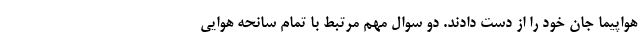
هواپیما جان خود را از دست دادند. دو سوال مهم مرتبط با تمام سانحه هوایی